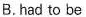
B. had to be